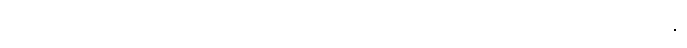
ယေဣမေ ဝံသဓမကာ၊ အကြင်မြွေမှုတ်သမားတို့သည်။ ဝံသံ၊ ပြွေကို။ ဓမေန္တိ၊